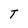
Character: T